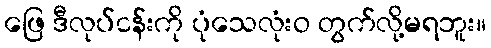
ဖြေ ဒီလုပ်ငန်းကို ပုံသေလုံးဝ တွက်လို့မရဘူး။